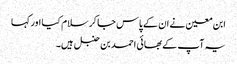
ابن معین نے ان کے پاس جا کر سلام کیا اور کہا
یہ آپ کے بھائی احمد بن حنبل ہیں۔